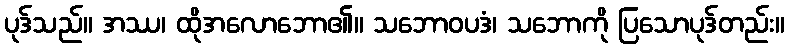
ပုဒ်သည်။ အဿ၊ ထိုအလောဘော၏။ သဘောဝပဒံ၊ သဘောကို ပြသောပုဒ်တည်း။